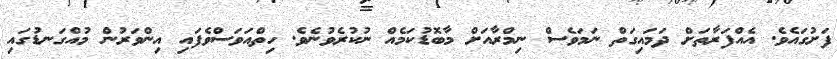
ފަށުގައެވެ. އެއްފަރާތަށް ދަމައިގަތް ނަމަވެސް ނިމްރާއަށް މާބޮޑުކަމެއް ނުކުރެވުނެވެ. ހިތްއަވަސްވެފައި އިންވަރުން މުއްގަނޑުގައި